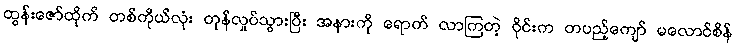
ထွန်းဇော်ထိုက် တစ်ကိုယ်လုံး တုန်လှုပ်သွားပြီး အနားကို ရောက် လာကြတဲ့ ဝိုင်းက တပည့်ကျော် မလောင်စိန်